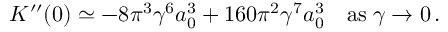
K ^ { \prime \prime } ( 0 ) \simeq - 8 \pi ^ { 3 } \gamma ^ { 6 } a _ { 0 } ^ { 3 } + 1 6 0 \pi ^ { 2 } \gamma ^ { 7 } a _ { 0 } ^ { 3 } \quad \mathrm { a s } \; \gamma \to 0 \, .